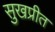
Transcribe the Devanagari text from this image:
सुखप्रीत